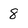
Character: 8